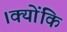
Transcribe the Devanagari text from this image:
।क्योंकि